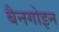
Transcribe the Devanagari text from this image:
बैनगोइन